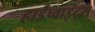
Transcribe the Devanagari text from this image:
हार्डप्वाइंट्स